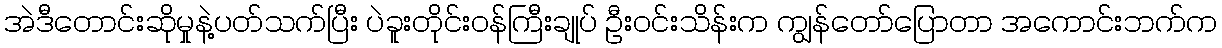
အဲဒီတောင်းဆိုမှုနဲ့ပတ်သက်ပြီး ပဲခူးတိုင်းဝန်ကြီးချုပ် ဦးဝင်းသိန်းက ကျွန်တော်ပြောတာ အကောင်းဘက်က